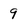
Character: 9